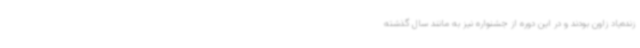
زنده‌یاد زاون بودند و در این دوره از جشنواره نیز به مانند سال گذشته